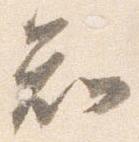
知